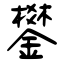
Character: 鐢